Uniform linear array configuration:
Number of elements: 64
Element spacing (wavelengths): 1
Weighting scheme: hamming
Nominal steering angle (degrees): -45
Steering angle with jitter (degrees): -43.303
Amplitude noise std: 0.05
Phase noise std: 0.05

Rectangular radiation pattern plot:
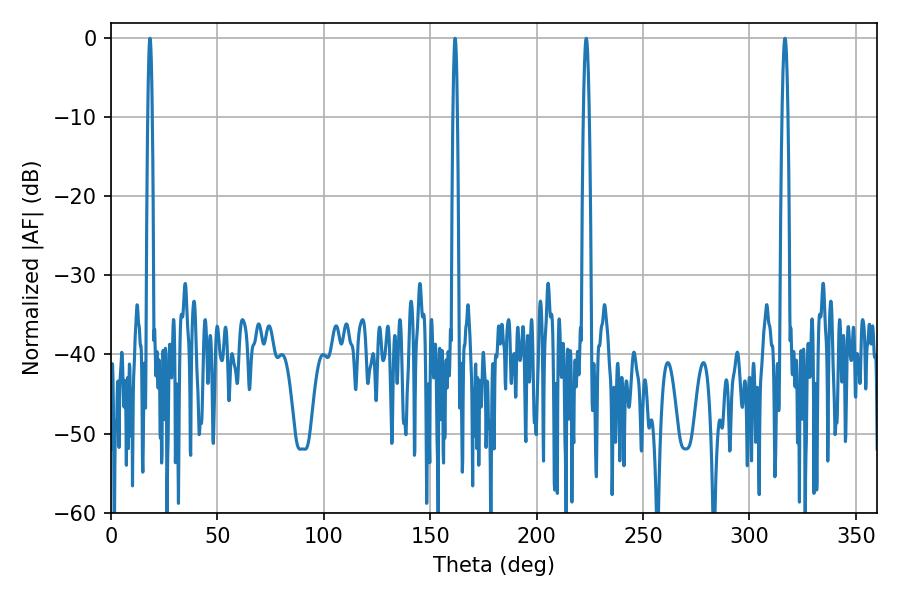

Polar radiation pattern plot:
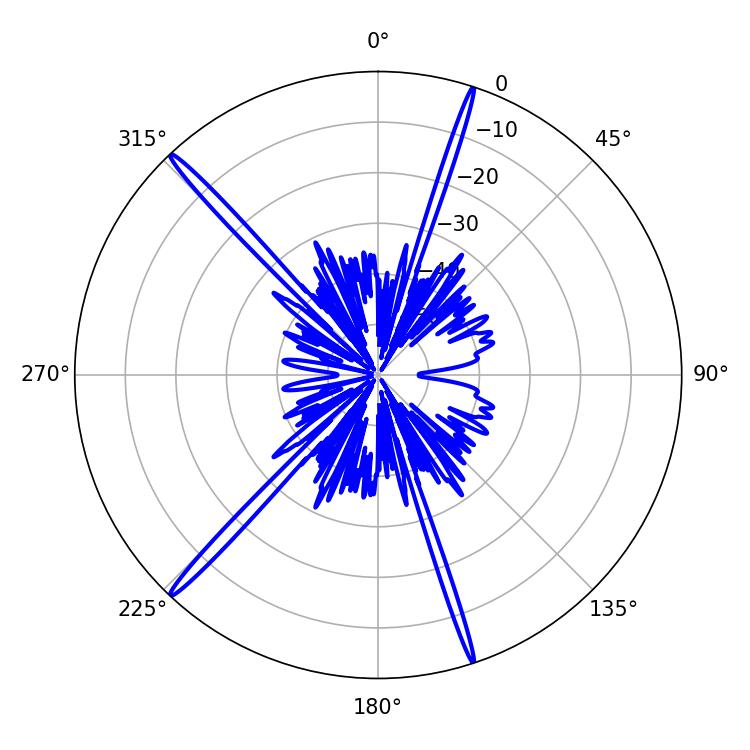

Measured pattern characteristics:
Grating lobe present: TRUE
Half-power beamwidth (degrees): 1.08
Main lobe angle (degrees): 161.64